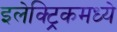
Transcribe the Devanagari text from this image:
इलेक्ट्रिकमध्ये